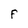
Character: F